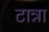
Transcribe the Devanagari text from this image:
टान्ना